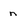
Character: n